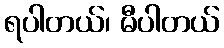
ရပါတယ်၊ မီပါတယ်